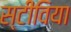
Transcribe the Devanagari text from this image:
स्टीविया